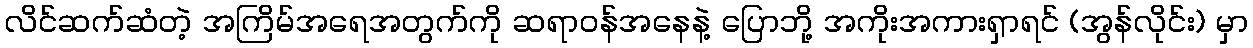
လိင်ဆက်ဆံတဲ့ အကြိမ်အရေအတွက်ကို ဆရာဝန်အနေနဲ့ ပြောဘို့ အကိုးအကားရှာရင် (အွန်လိုင်း) မှာ